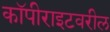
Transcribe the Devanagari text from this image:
कॉपीराइटवरील